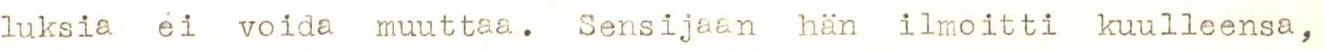
luksia ei voida muuttaa. Sensijaan hän ilmoitti kuulleensa,